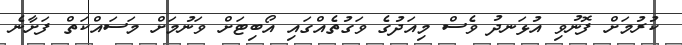
ކުރުމަށް ފޮނުވި އުޅަނދު ވެސް މިއަދުގެ ވަގުތެއްގައި އޯބިޓަށް ވަނުމަށް މަސައްކަތް ފަށާނެ